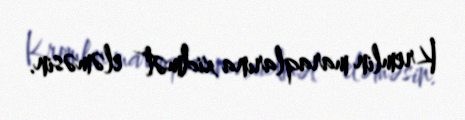
Kremlin maraqlarına xidmət eləməsin.